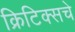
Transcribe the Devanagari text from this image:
क्रिटिक्सचे